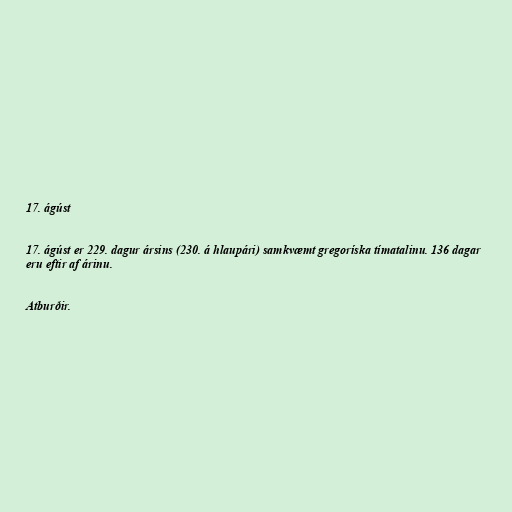
17. ágúst

17. ágúst er 229. dagur ársins (230. á hlaupári) samkvæmt gregoríska tímatalinu. 136 dagar
eru eftir af árinu.

Atburðir.